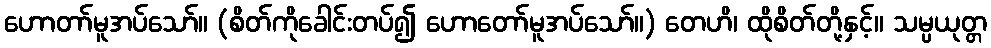
ဟောတာ်မူအပ်သော်။ (စိတ်ကိုခေါင်းတပ်၍ ဟောတော်မူအပ်သော်။) တေဟိ၊ ထိုစိတ်တို့နှင့်။ သမ္ပယုတ္တ